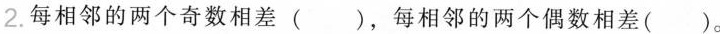
2.每相邻的两个奇数相差()，每相邻的两个偶数相差()。